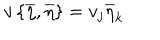
v \left\{ \overline { { { \eta } } } , \overline { { { \eta } } } \right\} = v _ { j } \overline { { { \eta } } } _ { k }